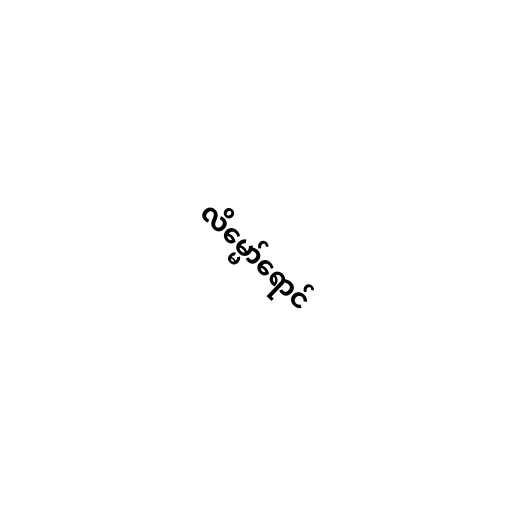
လိမ္မော်ရောင်